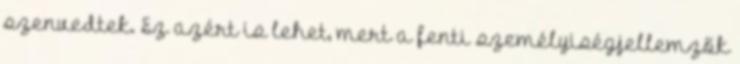
szenvedtek. Ez azért is lehet, mert a fenti személyiségjellemzők